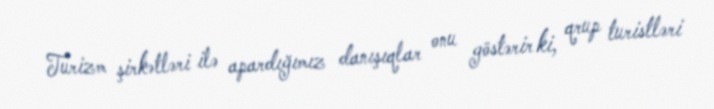
Turizm şirkətləri ilə apardığımız danışıqlar onu göstərir ki, qrup turistləri